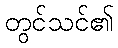
တွင်သင်၏